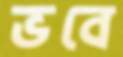
ভবে